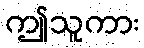
ဤသူကား